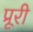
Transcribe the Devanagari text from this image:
प्रूरी